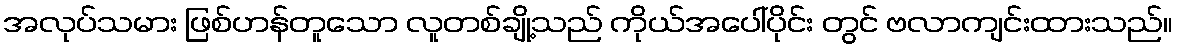
အလုပ်သမား ဖြစ်ဟန်တူသော လူတစ်ချို့သည် ကိုယ်အပေါ်ပိုင်း တွင် ဗလာကျင်းထားသည်။